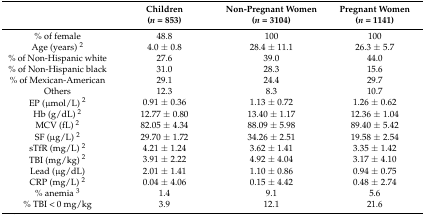
<table><thead><tr><td></td><td><b>Children(<i>n</i> = 853)</b></td><td><b>Non-Pregnant Women(<i>n</i> = 3104)</b></td><td><b>Pregnant Women(<i>n</i> = 1141)</b></td></tr></thead><tbody><tr><td>% of female</td><td>48.8</td><td>100</td><td>100</td></tr><tr><td>Age (years) <sup>2</sup></td><td>4.0 ± 0.8</td><td>28.4 ± 11.1</td><td>26.3 ± 5.7</td></tr><tr><td>% of Non-Hispanic white</td><td>27.6</td><td>39.0</td><td>44.0</td></tr><tr><td>% of Non-Hispanic black</td><td>31.0</td><td>28.3</td><td>15.6</td></tr><tr><td>% of Mexican-American</td><td>29.1</td><td>24.4</td><td>29.7</td></tr><tr><td>Others</td><td>12.3</td><td>8.3</td><td>10.7</td></tr><tr><td>EP (μmol/L) <sup>2</sup></td><td>0.91 ± 0.36</td><td>1.13 ± 0.72</td><td>1.26 ± 0.62</td></tr><tr><td>Hb (g/dL) <sup>2</sup></td><td>12.77 ± 0.80</td><td>13.40 ± 1.17</td><td>12.36 ± 1.04</td></tr><tr><td>MCV (fL) <sup>2</sup></td><td>82.05 ± 4.34</td><td>88.09 ± 5.98</td><td>89.40 ± 5.42</td></tr><tr><td>SF (μg/L) <sup>2</sup></td><td>29.70 ± 1.72</td><td>34.26 ± 2.51</td><td>19.58 ± 2.54</td></tr><tr><td>sTfR (mg/L) <sup>2</sup></td><td>4.21 ± 1.24</td><td>3.62 ± 1.41</td><td>3.35 ± 1.42</td></tr><tr><td>TBI (mg/kg) <sup>2</sup></td><td>3.91 ± 2.22</td><td>4.92 ± 4.04</td><td>3.17 ± 4.10</td></tr><tr><td>Lead (μg/dL)</td><td>2.01 ± 1.41</td><td>1.10 ± 0.86</td><td>0.94 ± 0.75</td></tr><tr><td>CRP (mg/L) <sup>2</sup></td><td>0.04 ± 4.06</td><td>0.15 ± 4.42</td><td>0.48 ± 2.74</td></tr><tr><td>% anemia <sup>3</sup></td><td>1.4</td><td>9.1</td><td>5.6</td></tr><tr><td>% TBI &lt; 0 mg/kg</td><td>3.9</td><td>12.1</td><td>21.6</td></tr></tbody></table>